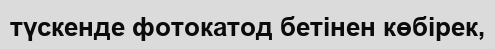
түскенде фотокатод бетінен көбірек,